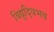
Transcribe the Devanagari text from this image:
विद्युद्धिभव